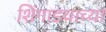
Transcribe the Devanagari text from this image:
शिंगाडयाच्या